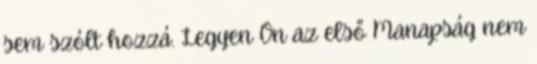
sem szólt hozzá. Legyen Ön az első Manapság nem